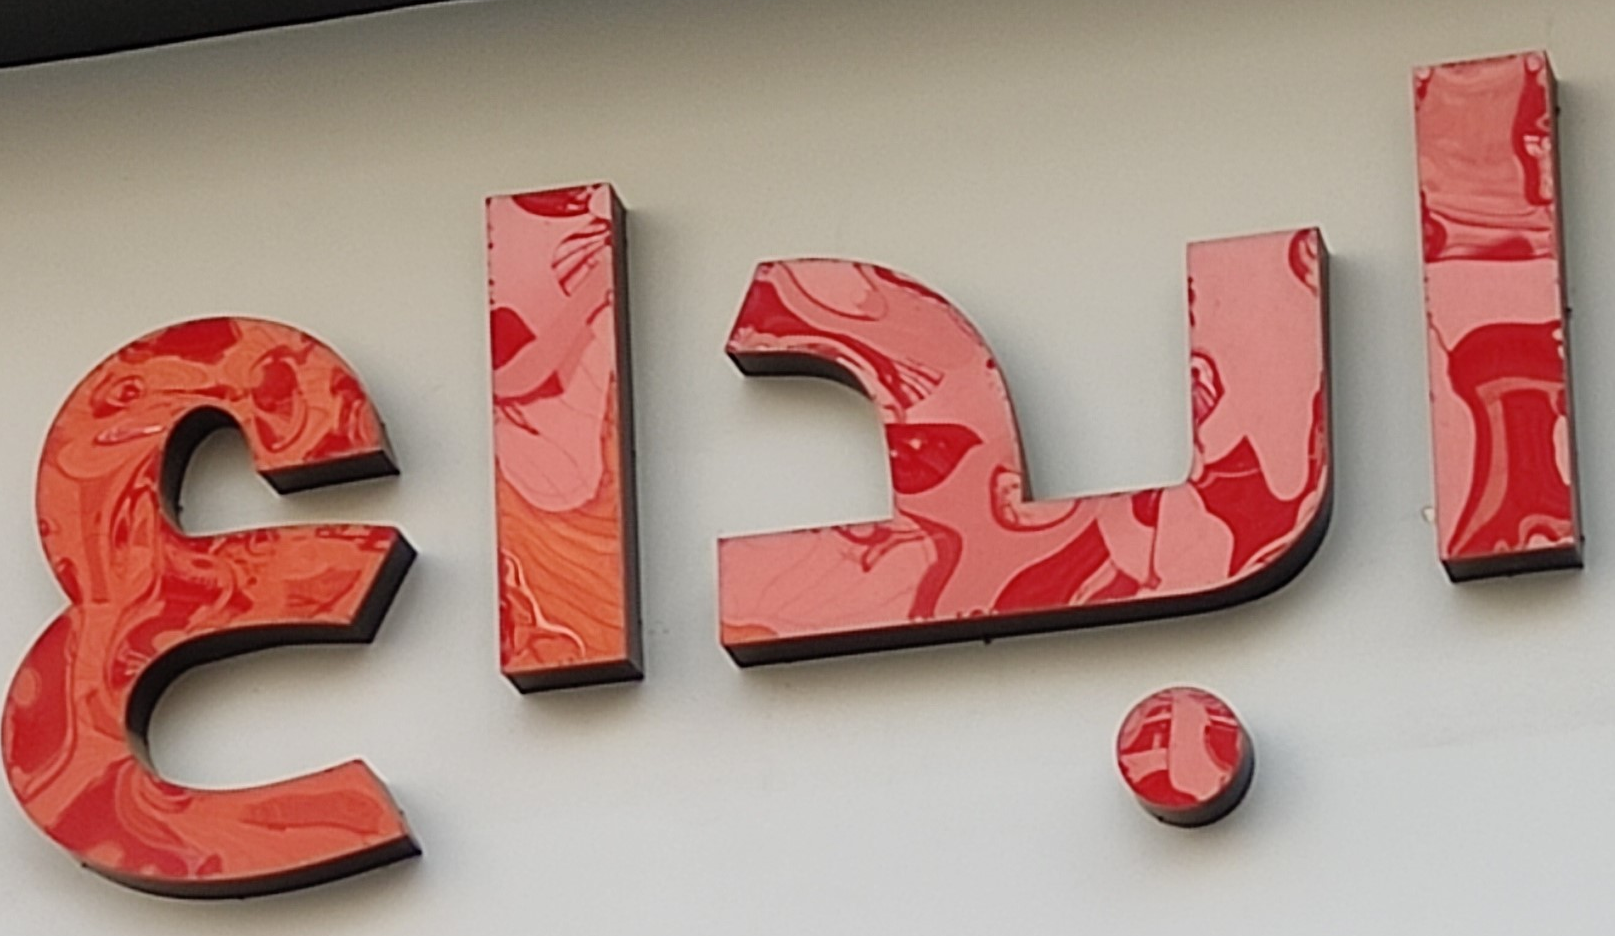
ابداع